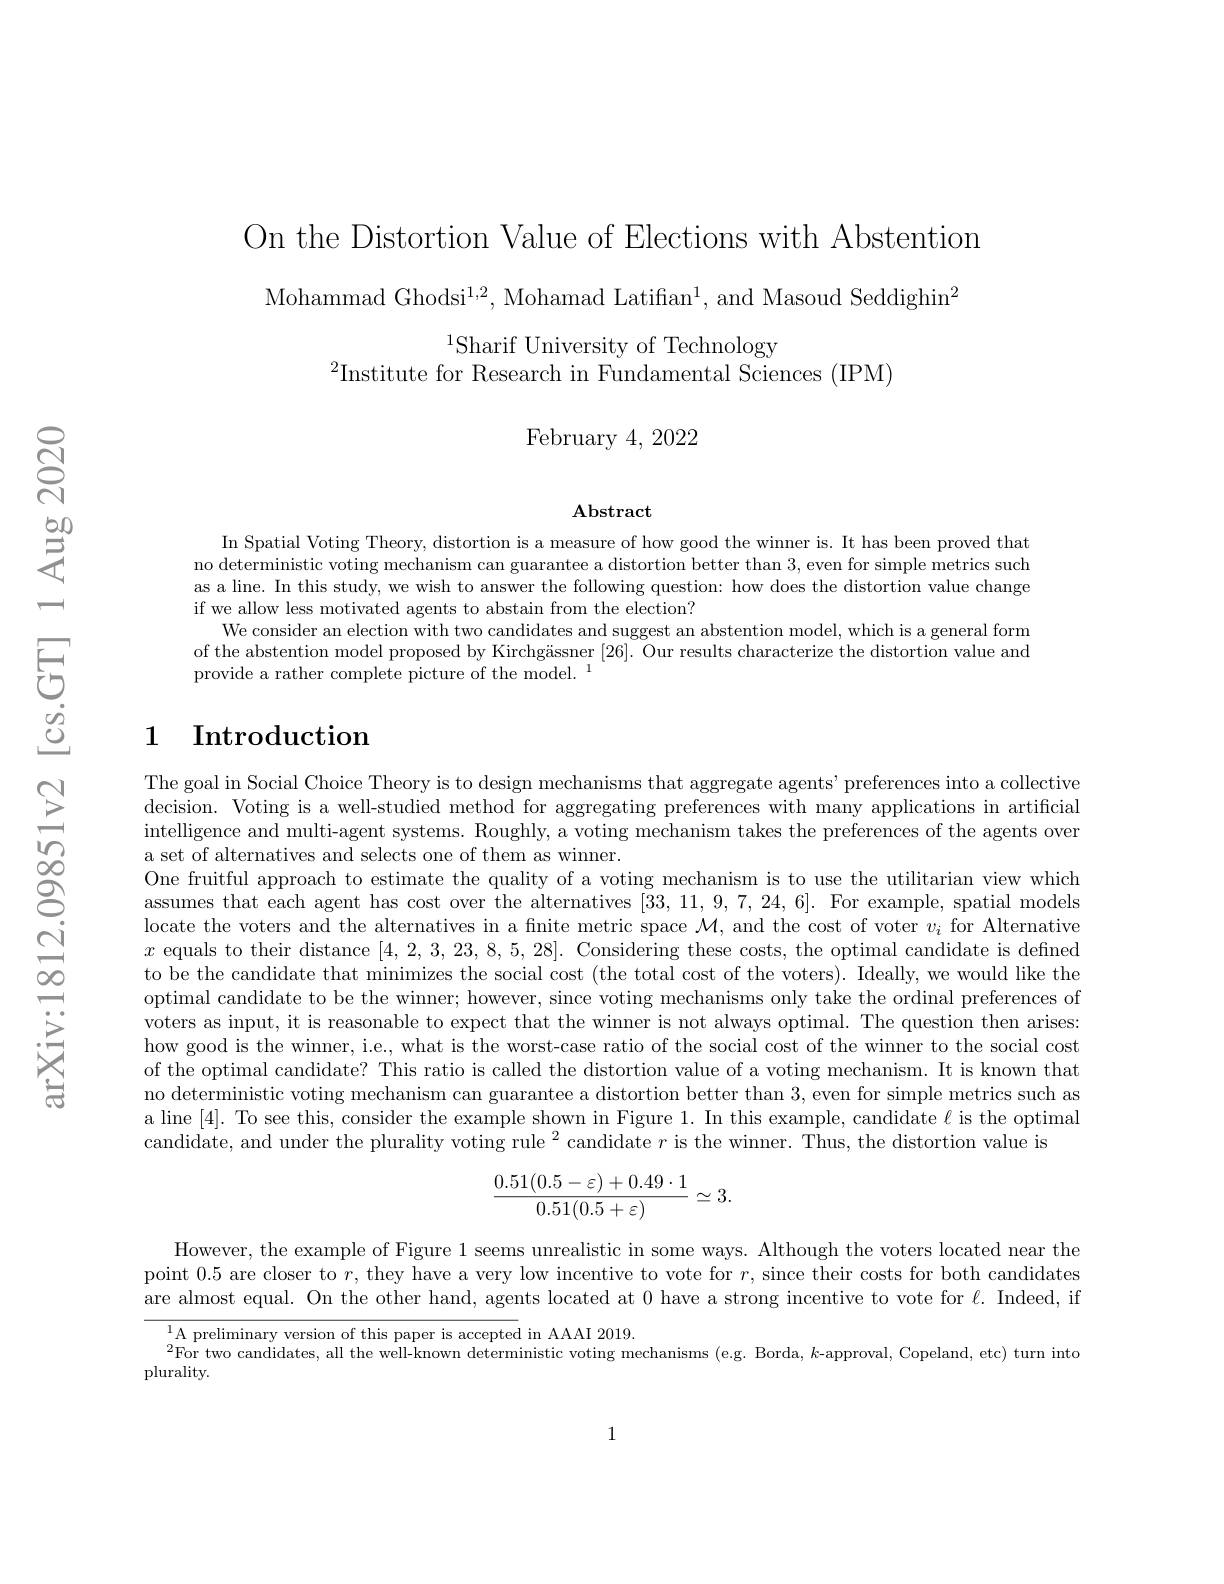
On the Distortion Value of Elections with Abstention
Mohammad Ghodsi$^1,2$,Mohamad Latifian$^1$, and Masoud Seddighin$^2$
$^{1}$Sharif University of Technology
$^2$Institute for Research in Fundamental Sciences (IPM)

${\mathrm{February~4,~2022}}$

$\mathbf{Abstract}$

In Spatial Voting Theory, distortion is a measure of how good the winner is. It has been proved that no deterministic voting mechanism can guarantee a distortion better than 3, even for simple metrics such as a line. In this study, we wish to answer the following question: how does the distortion value change if we allow less motivated agents to abstain from the election?
We consider an election with two candidates and suggest an abstention model, which is a general form of the abstention model proposed by Kirchgässner [26]. Our results characterize the distortion value and provide a rather complete picture of the model. $^1$

## 1 Introduction

The goal in Social Choice Theory is to design mechanisms that aggregate agents' preferences into a collective decision. Voting is a well-studied method for aggregating preferences with many applications in artificial intelligence and multi-agent systems. Roughly, a voting mechanism takes the preferences of the agents over a set of alternatives and selects one of them as winner.
One fruitful approach to estimate the quality of a voting mechanism is to use the utilitarian view which assumes that each agent has cost over the alternatives [33,11,9,7,24,6]. For example, spatial models locate the voters and the alternatives in a fnite metric space $\mathcal{M}$, and the cost of voter $v_i$ for Alternative $x$ equals to their distance [4,2,3,23,8,5,28]. Considering these costs, the optimal candidate is defined to be the candidate that minimizes the social cost (the total cost of the voters). Ideally, we would like the optimal candidate to be the winner; however, since voting mechanisms only take the ordinal preferences of voters as input, it is reasonable to expect that the winner is not always optimal. The question then arises: how good is the winner, i.e., what is the worst-case ratio of the social cost of the winner to the social cost of the optimal candidate? This ratio is called the distortion value of a voting mechanism. It is known that no deterministic voting mechanism can guarantee a distortion better than 3, even for simple metrics such as a line [4]. To see this, consider the example shown in Figure 1. In this example, candidate $\ell$ is the optimal candidate, and under the plurality voting rule $^2$ candidate $r$ is the winner. Thus, the distortion value is
$$\frac{0.51(0.5-\varepsilon)+0.49\cdot1}{0.51(0.5+\varepsilon)}\simeq3.$$
However, the example of Figure 1 seems unrealistic in some ways. Although the voters located near the point 0.5 are closer to $r$, they have a very low incentive to vote for $r$, since their costs for both candidates are almost equal. On the other hand, agents located at 0 have a strong incentive to vote for $\ell.$ Indeed, if
$^{1}$A preliminary version of this paper is accepted in AAAI 2019.
$^{2}$For two candidates, all the well-known deterministic voting mechanisms (e.g. Borda, $k$-approval, Copeland, etc) turn into
plurality.